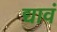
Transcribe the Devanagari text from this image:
द्यावं